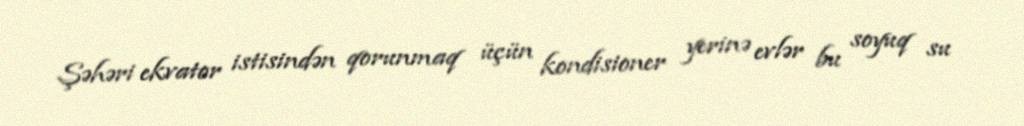
Şəhəri ekvator istisindən qorunmaq üçün kondisioner yerinə evlər bu soyuq su